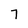
Character: 7